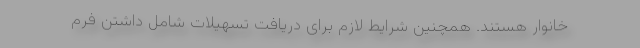
خانوار هستند. همچنین شرایط لازم برای دریافت تسهیلات شامل داشتن فرم